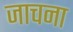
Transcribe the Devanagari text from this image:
जाचना